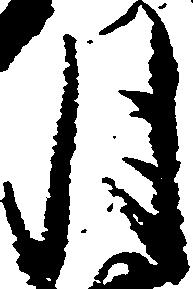
月